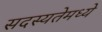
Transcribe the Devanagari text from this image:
सदस्यतेमध्ये